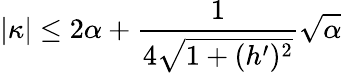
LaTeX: |\kappa|\leq 2\alpha+\frac{1}{4\sqrt{1+(h^{\prime})^{2}}}\sqrt{\alpha}